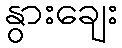
နွားချေး